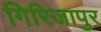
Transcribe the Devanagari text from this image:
गिरिजापुर